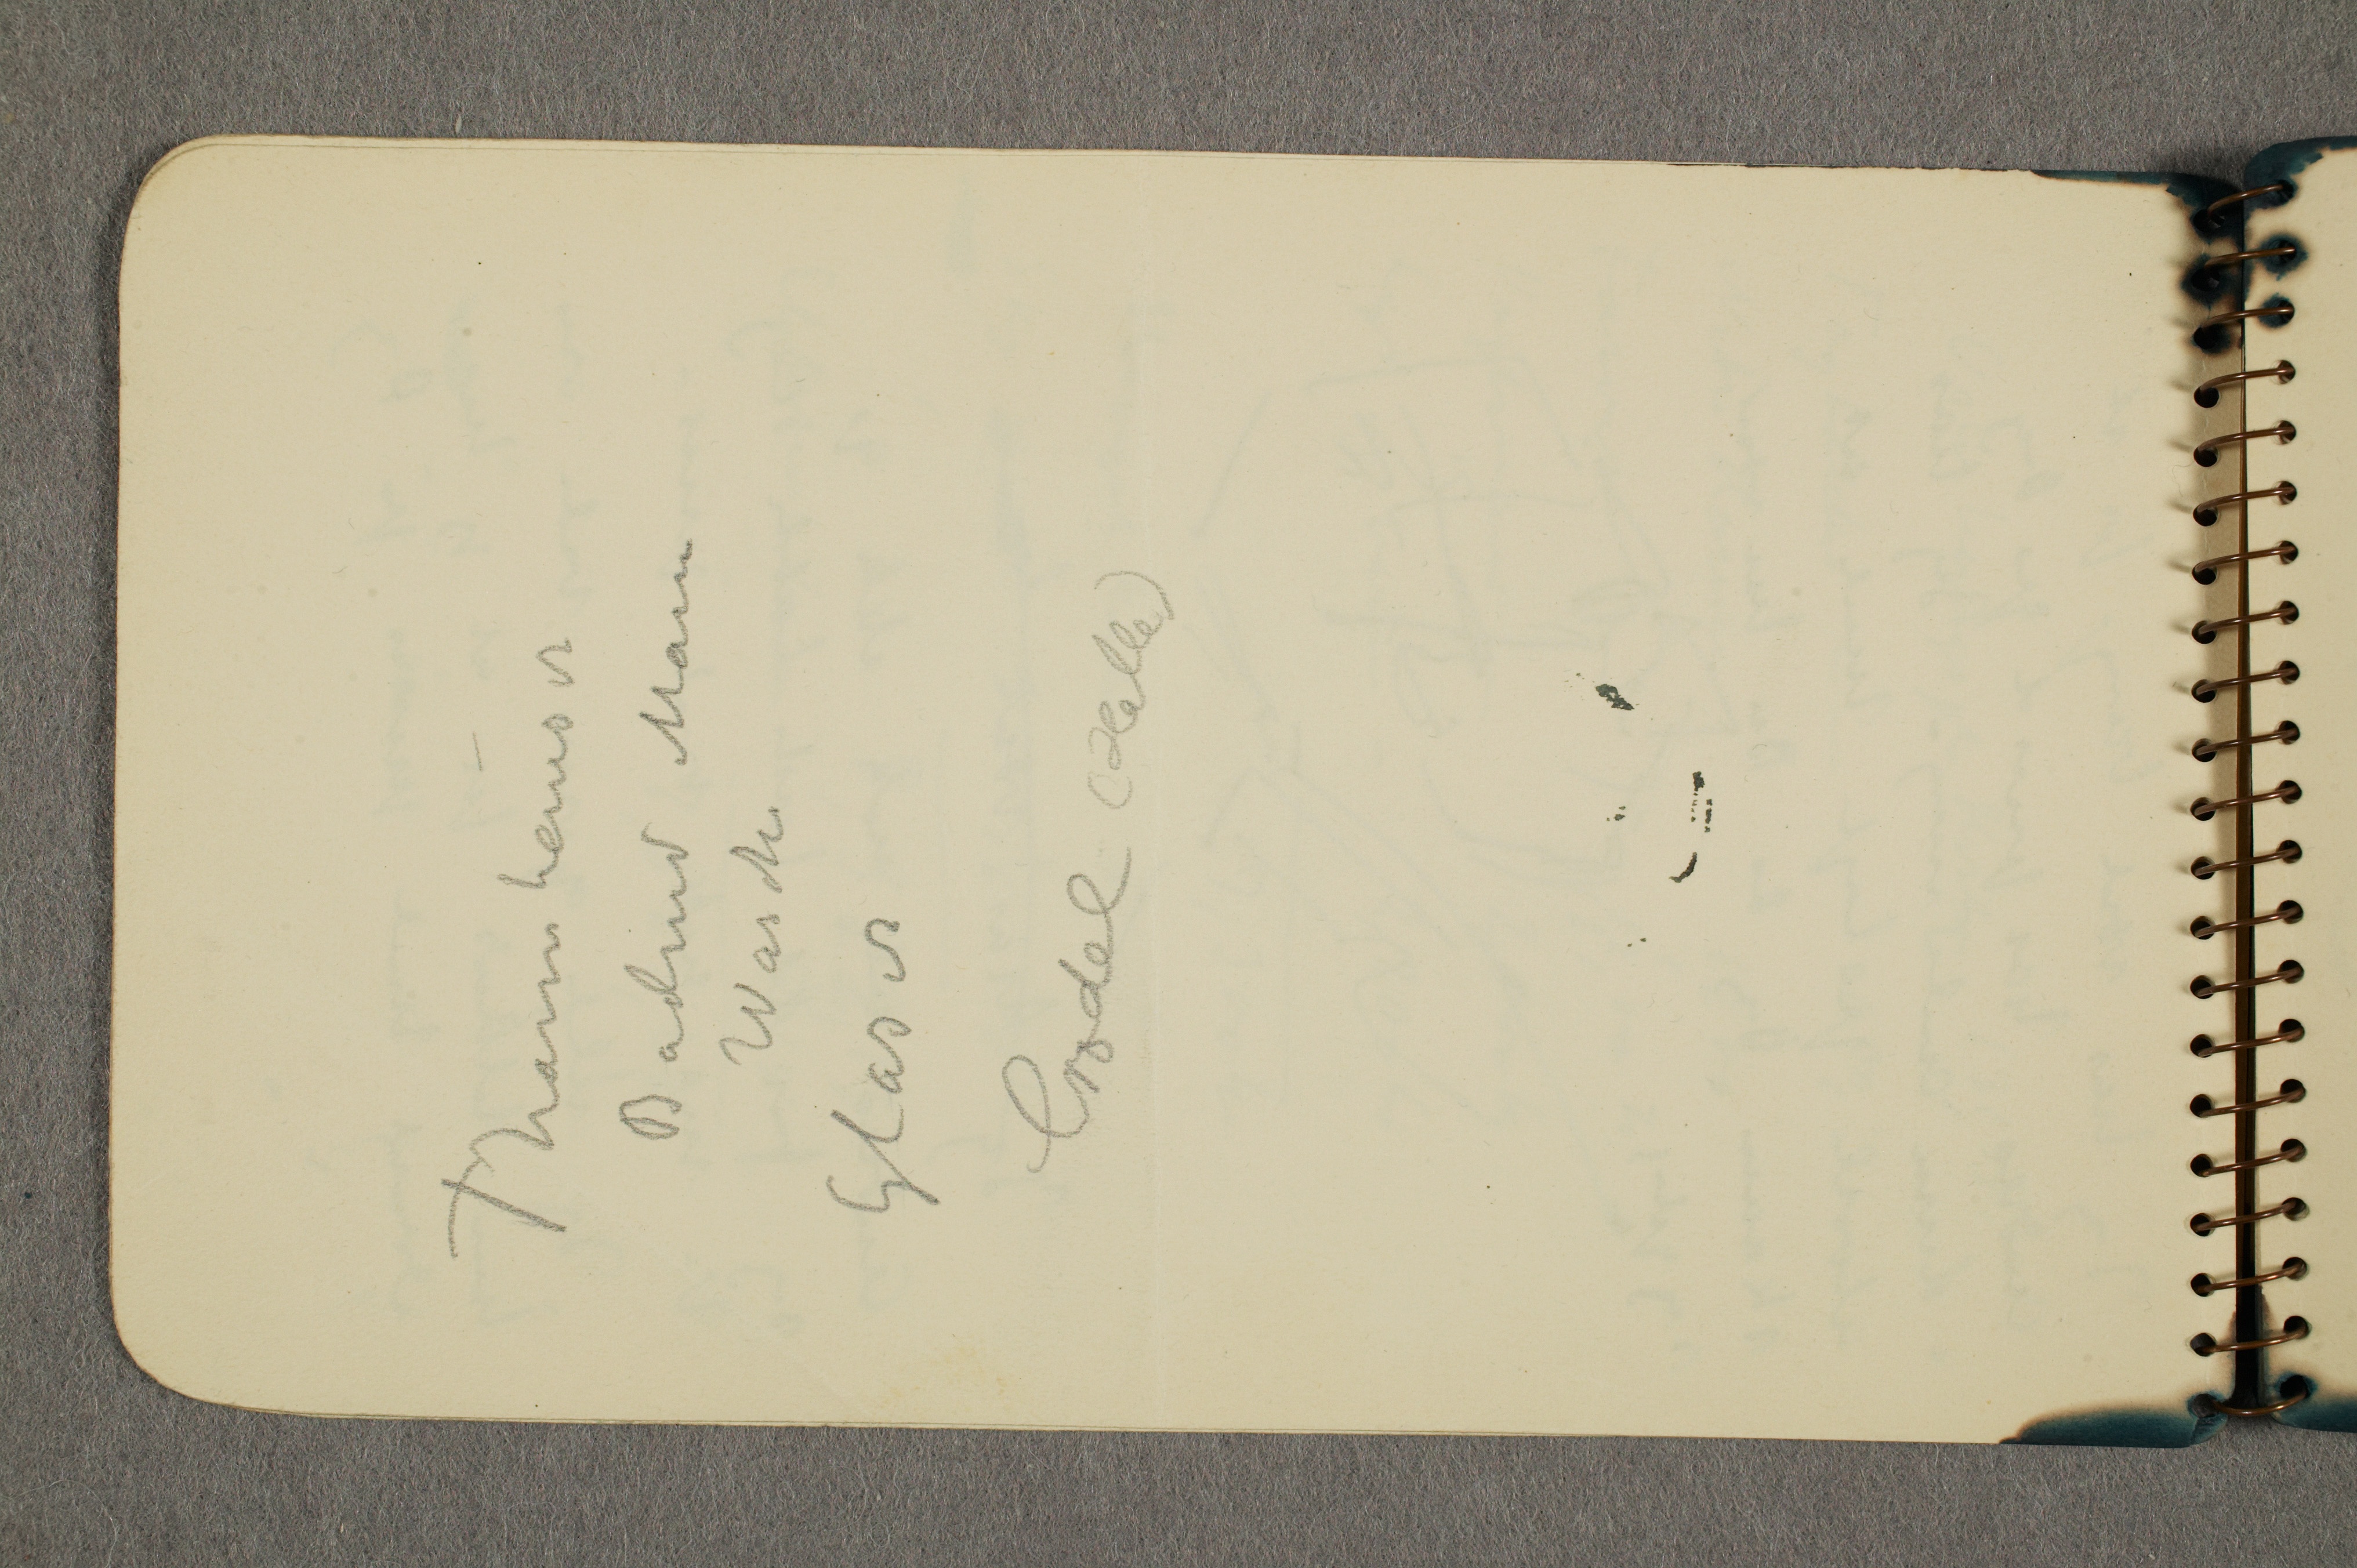
Thannhauser
Badend Mann
Wasch
Glaser
Crodel (Halle)